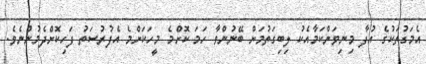
އެމަގުތަކުގެ އުފާ މިނިވަންކަމާއެކު ލިބިގަތުމަށް ބޭނުންވާ ހަމަ ކޮށްމެ މީހަކަށްމެ އެފުރުސަތު ފަހިކޮށްދެމުންނެވެ.